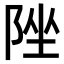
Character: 𨹫